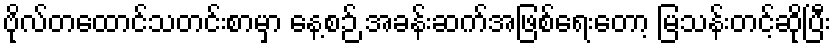
ဗိုလ်တထောင်သတင်းစာမှာ နေ့စဉ် အခန်းဆက်အဖြစ်ရေးတော့ မြသန်းတင့်ဆိုပြီး